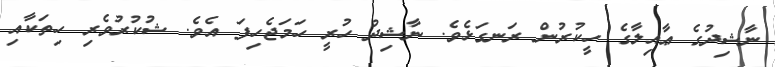
ނާޝިދުގެ ޢާއިލާގެ ހީކުރުން ރަނގަޅެވެ. ނާޝިދު ހުރީ ހަމަޖެހިފަ އެވެ. ޝުކުރުވެރި ހިތަކާއި